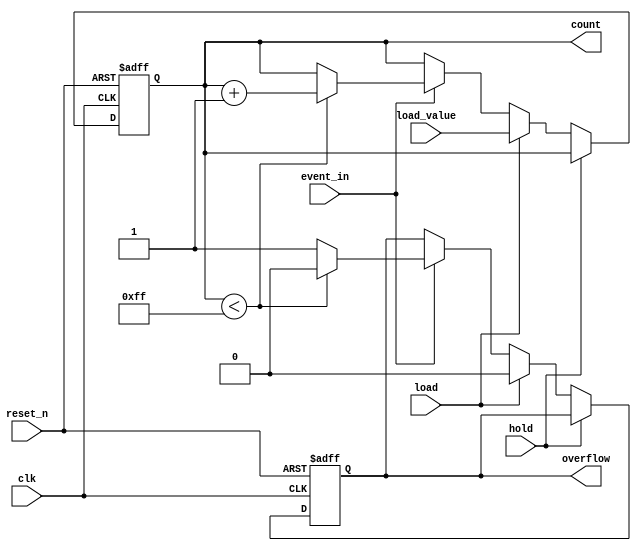
module EventCounter #(
    parameter COUNTER_WIDTH = 8, // Define the width of the counter
    parameter MEMORY_DEPTH = 1    // Define the depth of the memory block (1 for single value)
)(
    input wire clk,               // Clock signal
    input wire event_in,          // Event input signal (e.g., trigger)
    input wire reset_n,           // Asynchronous active-low reset
    input wire hold,              // Hold signal
    input wire load,              // Load signal
    input wire [COUNTER_WIDTH-1:0] load_value, // Value to load into the counter
    output reg [COUNTER_WIDTH-1:0] count, // Current count value
    output reg overflow           // Overflow flag
);

    // Internal signals
    reg [COUNTER_WIDTH-1:0] next_count;

    // Asynchronous reset and counter logic
    always @(posedge clk or negedge reset_n) begin
        if (!reset_n) begin
            count <= 0; // Reset counter to zero
            overflow <= 0; // Clear overflow flag
        end else if (!hold) begin
            if (event_in) begin
                // Increment the counter
                if (count < (2**COUNTER_WIDTH - 1)) begin
                    next_count = count + 1;
                    overflow <= 0; // No overflow
                end else begin
                    next_count = count; // Retain max value
                    overflow <= 1; // Set overflow flag
                end
            end else begin
                next_count = count; // Hold the current count
            end
            
            // Load value if load signal is asserted
            if (load) begin
                count <= load_value; // Load specified value
                overflow <= 0; // Clear overflow flag
            end else begin
                count <= next_count; // Update count
            end
        end
    end

endmodule